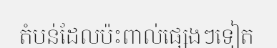
តំបន់ដែលប៉ះពាល់ផ្សេងៗទៀត